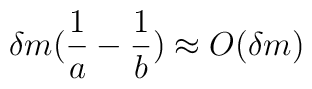
\delta m  (\frac {1}{a} - \frac {1}{b}) \approx O(\delta m)